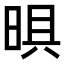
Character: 𭦈